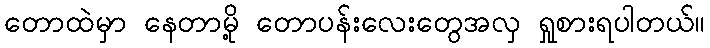
တောထဲမှာ နေတာမို့ တောပန်းလေးတွေအလှ ရှုစားရပါတယ်။